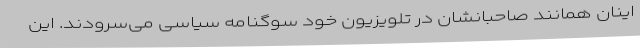
اینان همانند صاحبانشان در تلویزیون خود سوگنامه سیاسی می‌سرودند. این